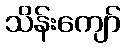
သိန်းကျော်